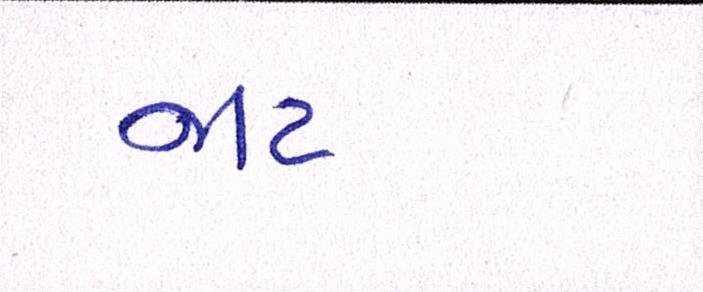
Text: જાટ